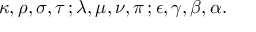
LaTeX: \kappa , \rho , \sigma , \tau \, ; \lambda , \mu , \nu , \pi \, ; \epsilon , \gamma , \beta , \alpha .